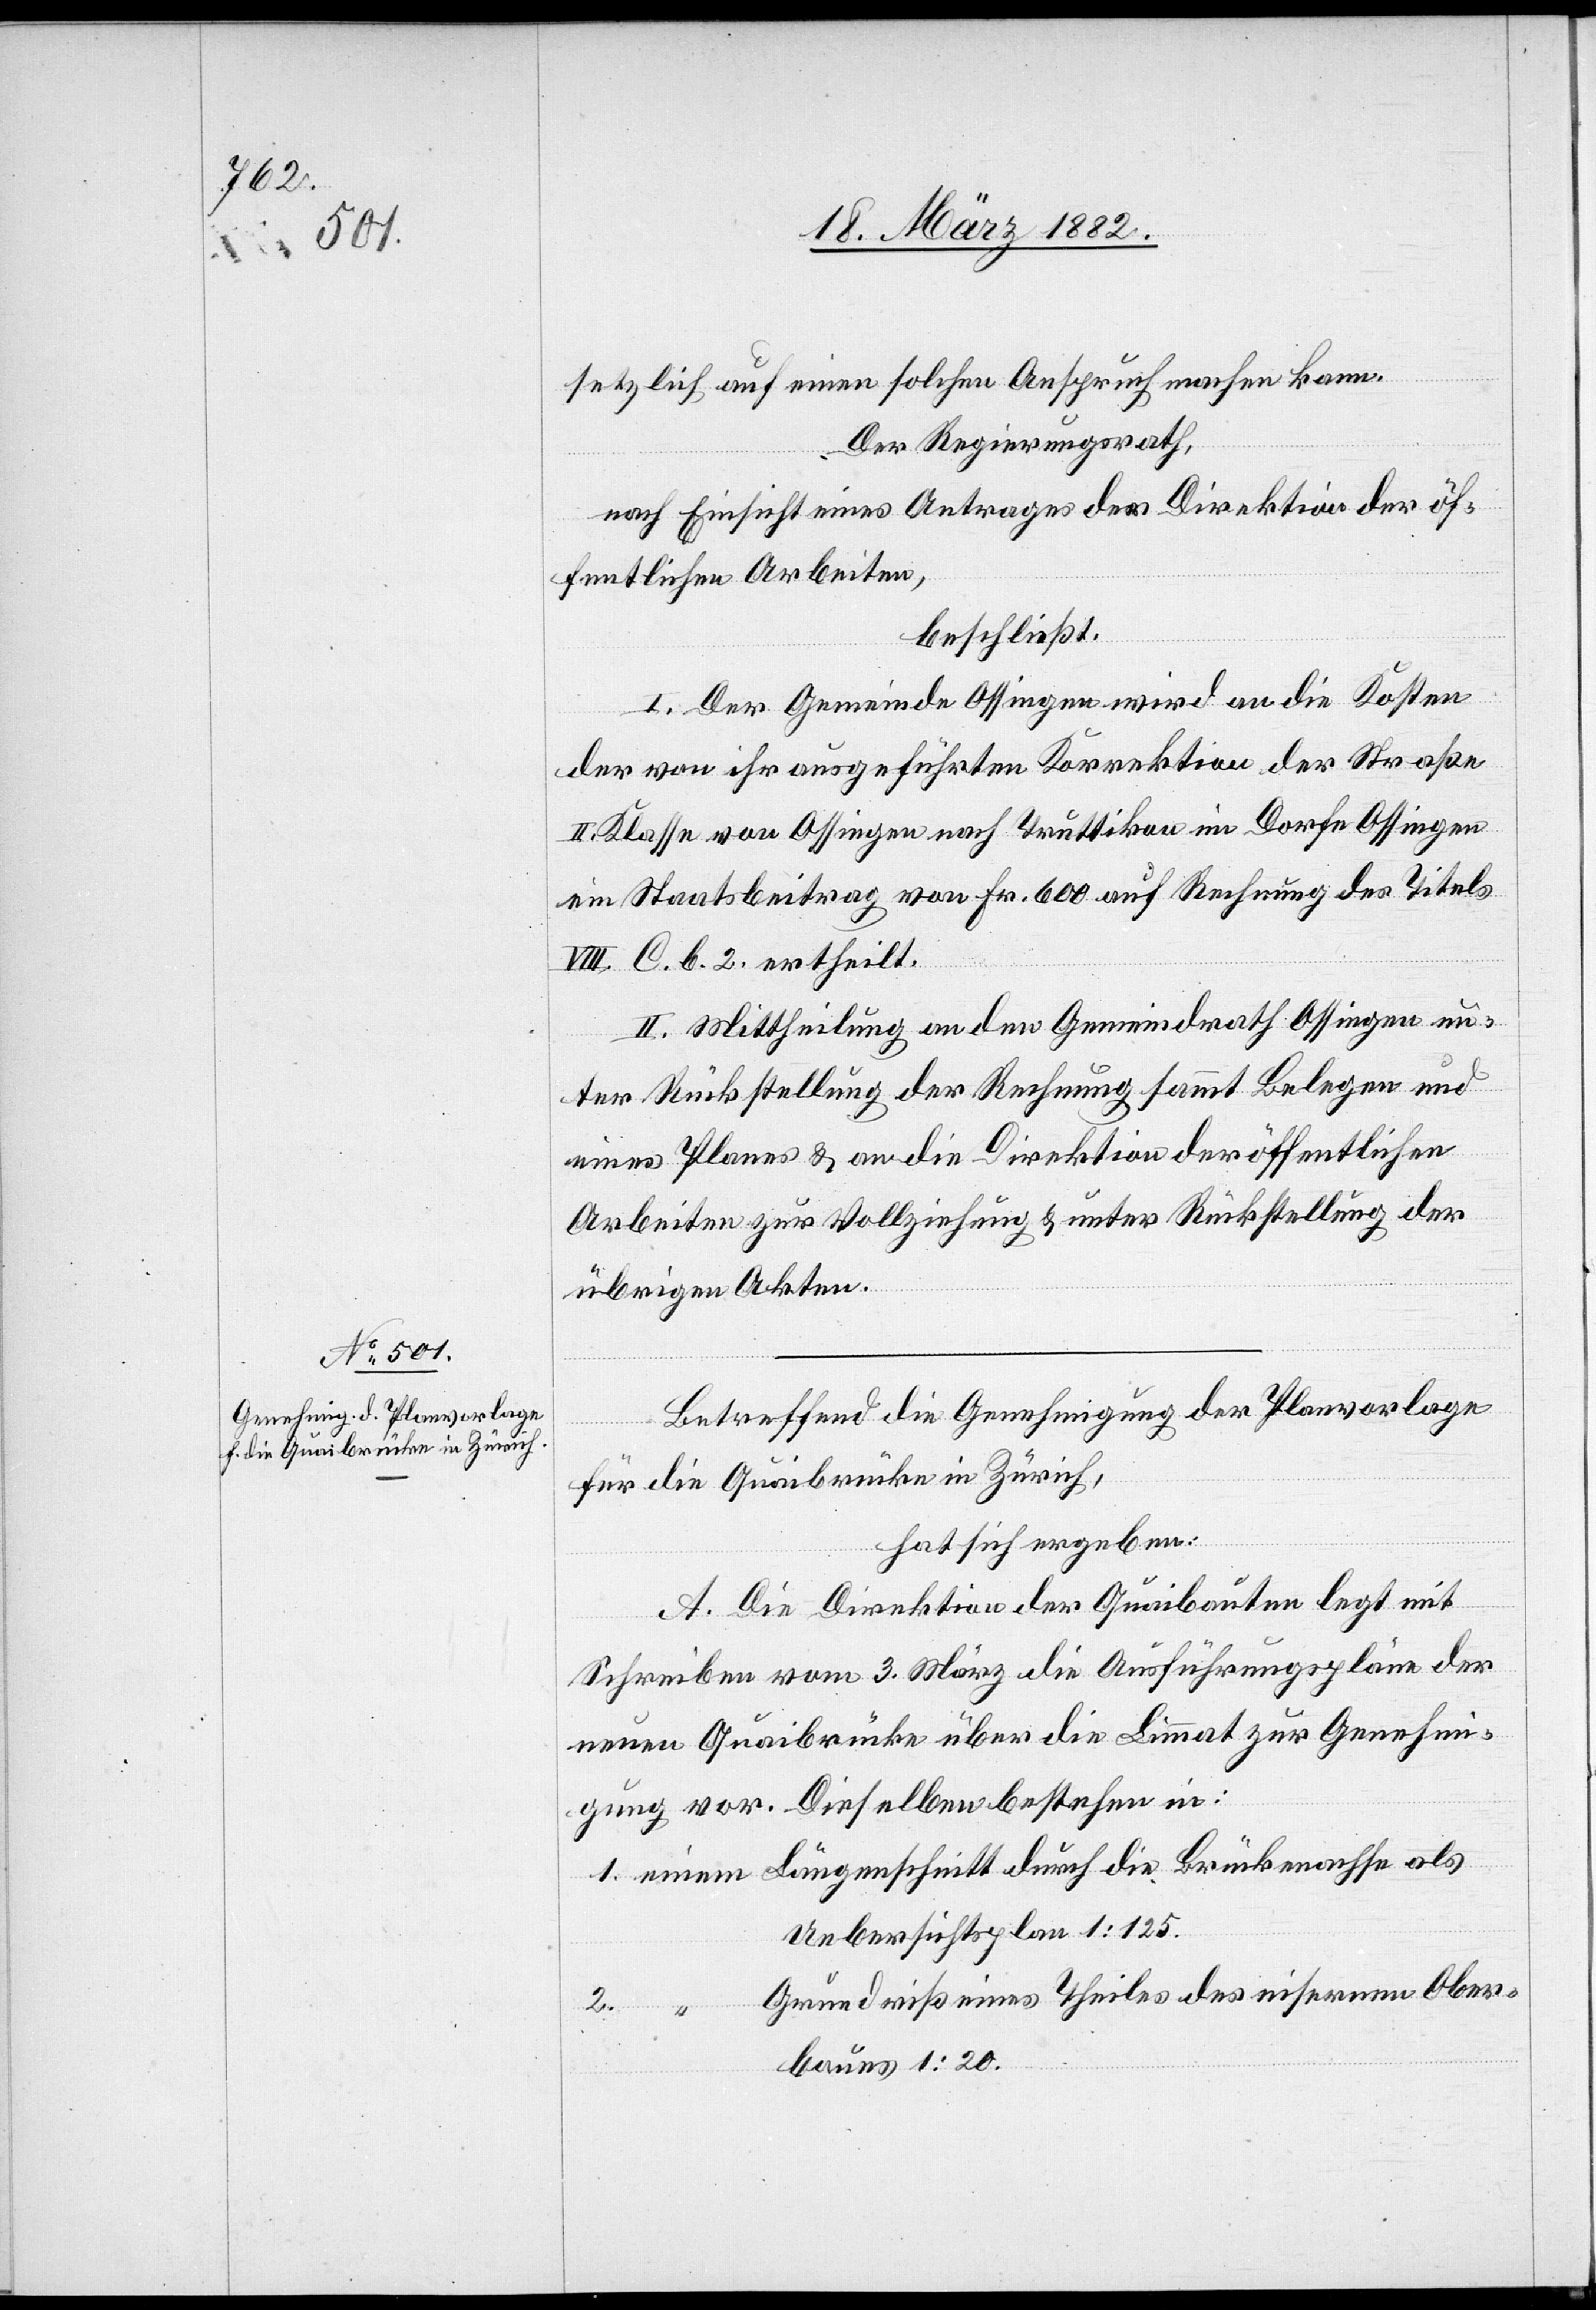
setzlich auf einen solchen Anspruch machen kann.
Der Regierungsrath,
nach Einsicht eines Antrages der Direktion der öf¬
fentlichen Arbeiten,
beschließt:
I. Der Gemeinde Ossingen wird an die Kosten
der von ihr ausgeführten Korrektion der Straße
II. Klasse von Ossingen nach Truttikon im Dorfe Ossingen
ein Staatsbeitrag von Fr. 600 auf Rechnung des Titels
VIII. C. b. 2. ertheilt.
II. Mittheilung an den Gemeindrath Ossingen un¬
ter Rückstellung der Rechnung sammt belegen und
eines Planes & an die Direktion der öffentlichen
Arbeiten zur Vollziehung & unter Rückstellung der
die
übrigen Akten.
Betreffend die Genehmigung der Planvorlage
für die Quaibrücke in Zürich,
hat sich ergeben:
A. Die Direktion der Quaibrücken legt mit
Schreiben vom 3. März die Ausführungspläne der
neuen Quaibrücke über die Limmat zur Genehmi¬
gung vor. Dieselbe bestehen in:
Uebersichtsplan 1 : 125.
Grundriß eines Theiles des eisernen Ober¬
Brückenachse
baues 1 : 20.